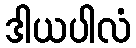
ဒါယပါလံ